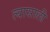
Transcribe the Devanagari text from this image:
त्‍यासाली